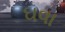
ઘવા